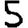
Digit: 5